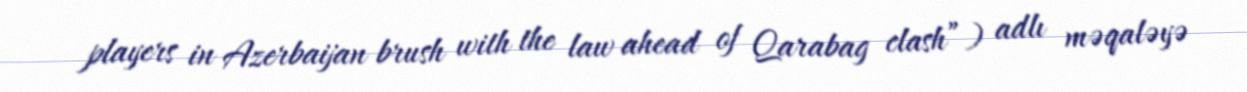
players in Azerbaijan brush with the law ahead of Qarabag clash”) adlı məqaləyə